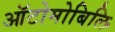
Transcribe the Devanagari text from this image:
ऑटोमोबिलि